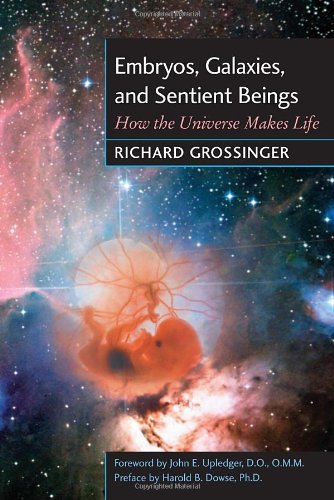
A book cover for Embryos, Galaxies, and Sentient Beings: How the Universe Makes Life; Richard Grossinger; Medical Books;